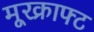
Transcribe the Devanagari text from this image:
मूरक्राफ्ट